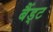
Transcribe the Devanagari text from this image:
बैंड्ट